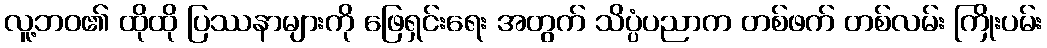
လူ့ဘဝ၏ ထိုထို ပြဿနာများကို ဖြေရှင်းရေး အတွက် သိပ္ပံပညာက တစ်ဖက် တစ်လမ်း ကြိုးပမ်း